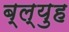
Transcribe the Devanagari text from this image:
ब्ल्युह